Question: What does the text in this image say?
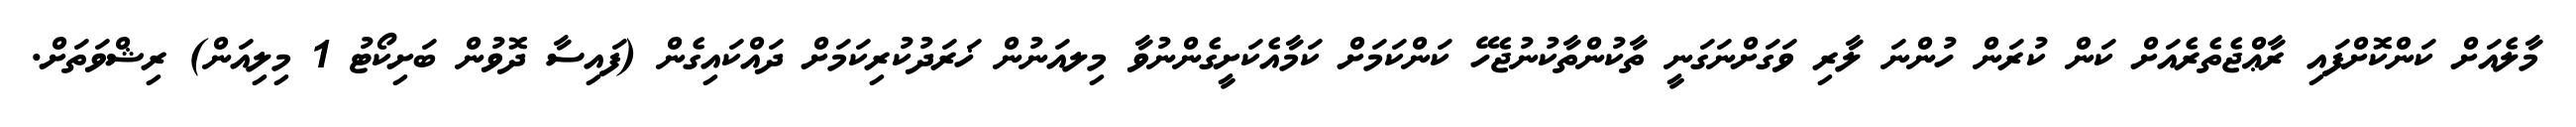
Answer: މާލެއަށް ކަންކޮށްފައި ރާޢްޖެތެރެއަށް ކަން ކުރަން ހުންނަ ލާރި ވަގަށްނަގަނީ ތާކުންތާކުނުޖެހޭ ކަންކަމަށް ކަމާއެކަށީގެންނުވާ މިލއަނުން ޚަރަދުކުރިކަމަށް ދައްކައިގެން (ފައިސާ ދޮވުން ބަށިކޯޓު 1 މިލިއަން) ރިޝްވަތަށް.